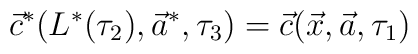
\vec{c}^{*}(L^{*}(\tau_{2}), \vec{a}^{*}, \tau_{3}) = \vec{c}(\vec{x}, \vec{a}, \tau_{1})